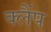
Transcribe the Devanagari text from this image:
क्‍लैंप